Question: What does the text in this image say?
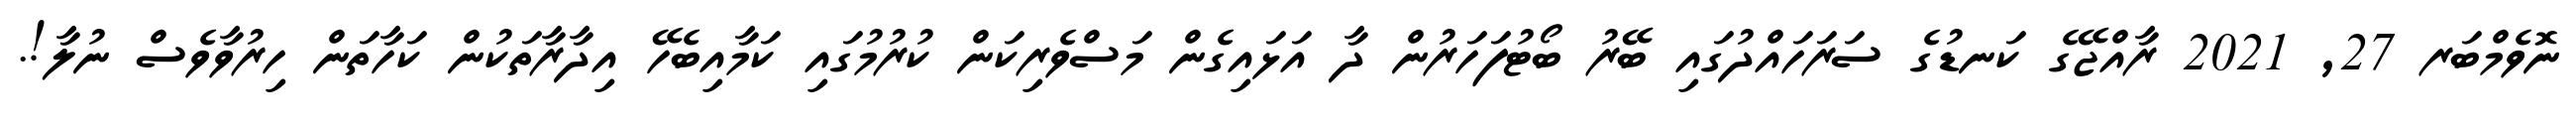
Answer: ނޮވެމްބަރ 27, 2021 ރާއްޖޭގެ ކަނޑުގެ ސަރަހައްދުގައި ބޭރު ބޯޓުފަހަރުން ދާ އަޅައިގެން މަސްވެރިކަން ކުރުމުގައި ކަމާއިބެހޭ އިދާރާތަކުން ކަހާތަން ހިރުވާވެސް ނުލާ!.